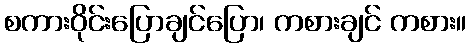
စကားဝိုင်းပြောချင်ပြော၊ ကစားချင် ကစား။